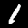
Digit: 1